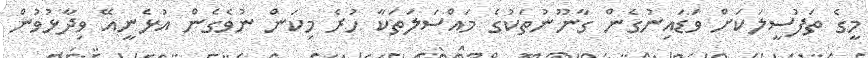
މީގެ ތަފުސީލަކަށް ވަޑައިނުގެން ގާނޫނުތަކުގެ މައްސަލަތަކާ ހުރެ މިކަން ނުވެގެން އުޅެނީއޭ ވިދާޅުވުން